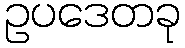
ဥပဒေတခု